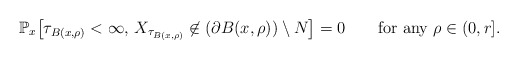
\begin{align*}\mathbb{P}_{x}\bigl[\tau_{B(x,\rho)}<\infty,\,X_{\tau_{B(x,\rho)}}\not\in(\partial B(x,\rho))\setminus N\bigr]=0\qquad\textrm{for any }\rho\in(0,r].\end{align*}